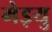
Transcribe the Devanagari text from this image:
मेइयु